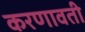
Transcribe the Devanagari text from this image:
करणावती